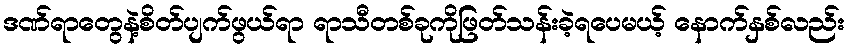
ဒဏ်ရာတွေနဲ့စိတ်ပျက်ဖွယ်ရာ ရာသီတစ်ခုကိုဖြတ်သန်းခဲ့ရပေမယ့် နောက်နှစ်လည်း